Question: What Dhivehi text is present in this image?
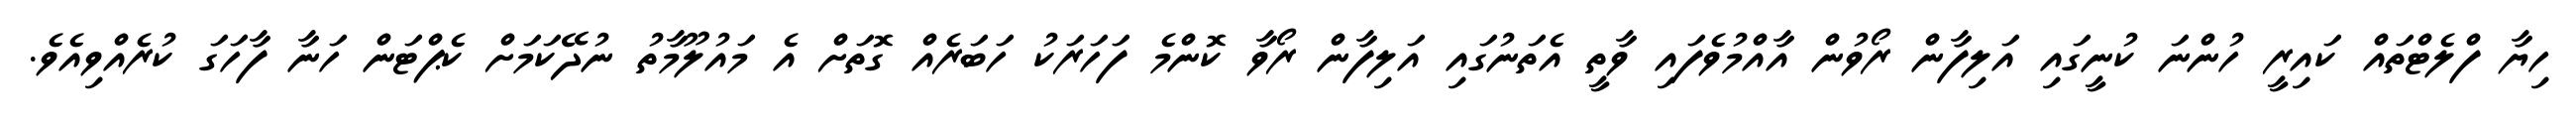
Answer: ހިޔާ ފްލެޓްތައް ކައިރީ ހުންނަ ކުނީގައި އަލިފާން ރޯވުން އާއްމުވެފައި ވާތީ އެތަނުގައި އަލިފާން ރޯވާ ކޮންމެ ފަހަރަކު ހަބަރެއް ގޮތަށް އެ މައުލޫމާތު ނުދޭކަމަށް ކެޕްޓަން ހަނާ ފާހަގަ ކުރެއްވިއެވެ.